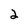
Character: 2